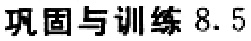
巩固与训练 8.5